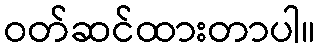
ဝတ်ဆင်ထားတာပါ။